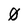
Character: 0